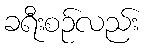
ခရီးစဉ်လည်း